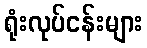
ရုံးလုပ်ငန်းများ